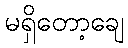
မရှိတော့ချေ